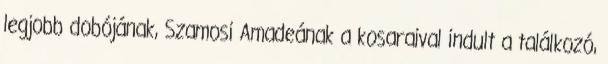
legjobb dobójának, Szamosi Amadeának a kosaraival indult a találkozó,